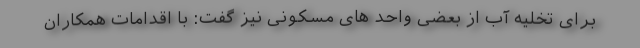
برای تخلیه آب از بعضی واحد های مسکونی نیز گفت: با اقدامات همکاران